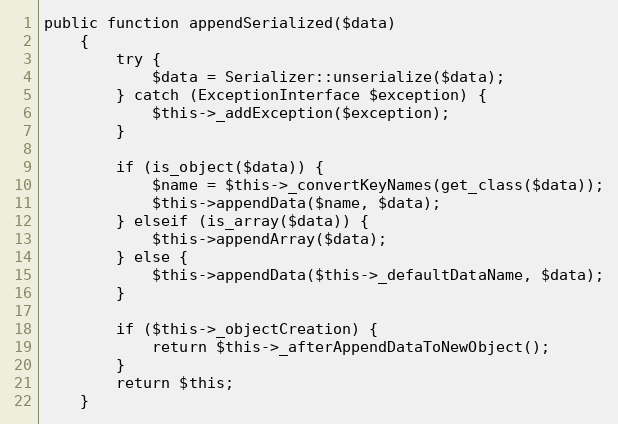
Language: PHP
public function appendSerialized($data)
    {
        try {
            $data = Serializer::unserialize($data);
        } catch (ExceptionInterface $exception) {
            $this->_addException($exception);
        }

        if (is_object($data)) {
            $name = $this->_convertKeyNames(get_class($data));
            $this->appendData($name, $data);
        } elseif (is_array($data)) {
            $this->appendArray($data);
        } else {
            $this->appendData($this->_defaultDataName, $data);
        }

        if ($this->_objectCreation) {
            return $this->_afterAppendDataToNewObject();
        }
        return $this;
    }